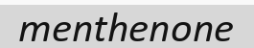
menthenone